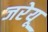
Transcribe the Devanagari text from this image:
जरेयू